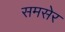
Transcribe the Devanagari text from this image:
समसेर